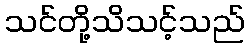
သင်တို့သိသင့်သည်